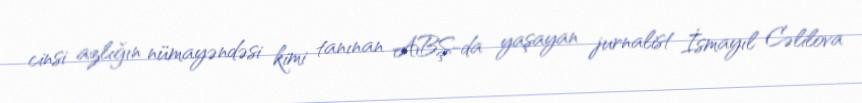
cinsi azlığın nümayəndəsi kimi tanınan ABŞ-da yaşayan jurnalist İsmayıl Cəlilova